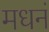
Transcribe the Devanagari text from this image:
मधनं